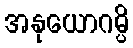
အနုယောဂမ္ပိ